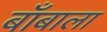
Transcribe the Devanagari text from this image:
बाँबाला